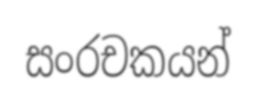
සංරචකයන්